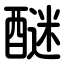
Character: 醚